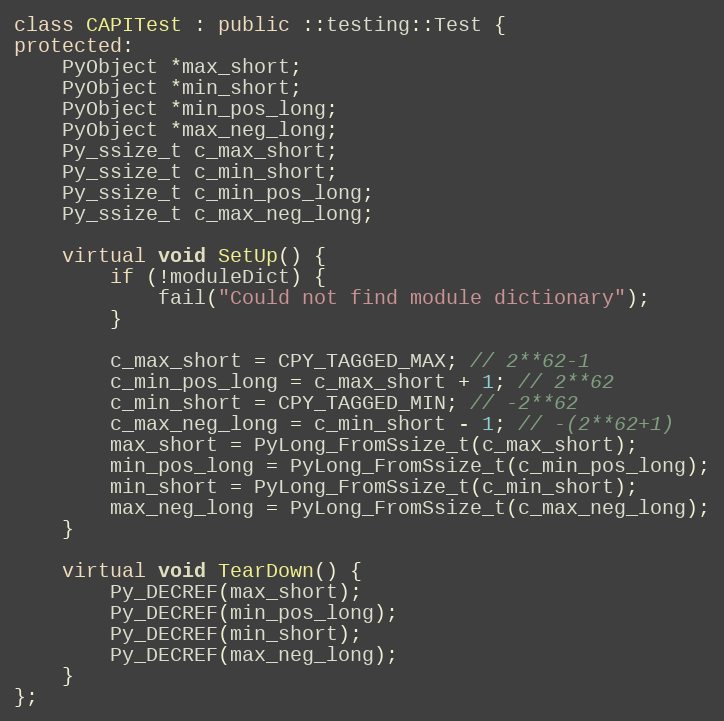
Language: C++
class CAPITest : public ::testing::Test {
protected:
    PyObject *max_short;
    PyObject *min_short;
    PyObject *min_pos_long;
    PyObject *max_neg_long;
    Py_ssize_t c_max_short;
    Py_ssize_t c_min_short;
    Py_ssize_t c_min_pos_long;
    Py_ssize_t c_max_neg_long;

    virtual void SetUp() {
        if (!moduleDict) {
            fail("Could not find module dictionary");
        }

        c_max_short = CPY_TAGGED_MAX; // 2**62-1
        c_min_pos_long = c_max_short + 1; // 2**62
        c_min_short = CPY_TAGGED_MIN; // -2**62
        c_max_neg_long = c_min_short - 1; // -(2**62+1)
        max_short = PyLong_FromSsize_t(c_max_short);
        min_pos_long = PyLong_FromSsize_t(c_min_pos_long);
        min_short = PyLong_FromSsize_t(c_min_short);
        max_neg_long = PyLong_FromSsize_t(c_max_neg_long);
    }

    virtual void TearDown() {
        Py_DECREF(max_short);
        Py_DECREF(min_pos_long);
        Py_DECREF(min_short);
        Py_DECREF(max_neg_long);
    }
};